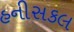
હનીસકલ